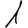
Digit: 1